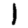
Digit: 1